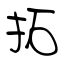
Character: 拓